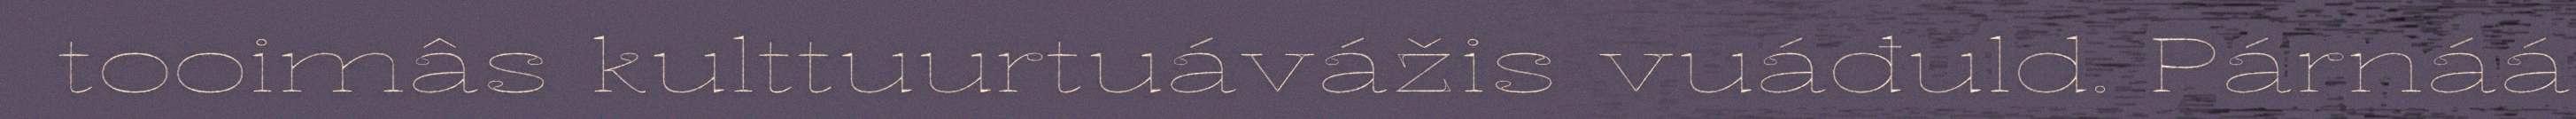
tooimâs kulttuurtuávážis vuáđuld. Párnáá